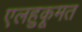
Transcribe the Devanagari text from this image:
एलहुकूमत